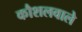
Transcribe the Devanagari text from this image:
कौशलवाले